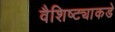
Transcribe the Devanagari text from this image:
वैशिष्ट्याकडे